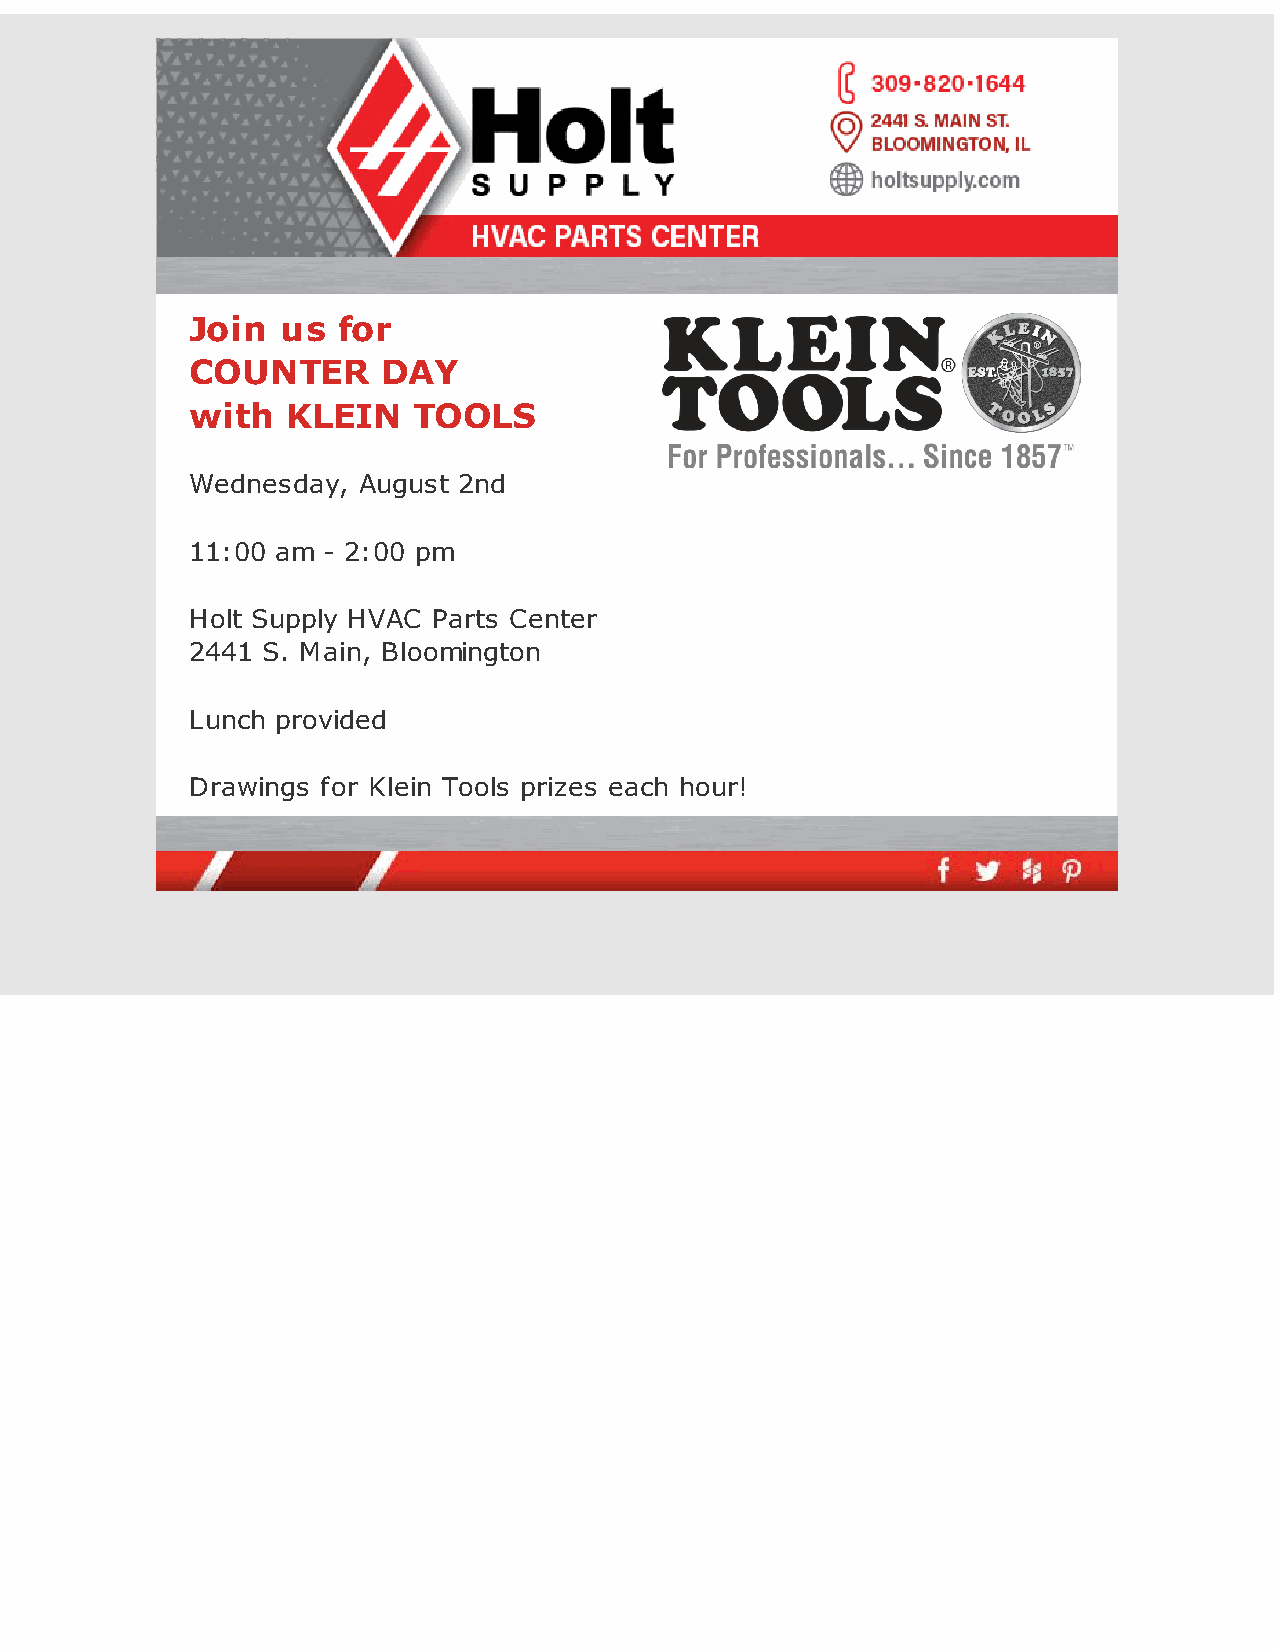
Join  us for
 COUNTER     DAY
 with  KLEIN   TOOLS
 Wednesday, August 2nd
 11:00 am - 2:00 pm
 Holt Supply HVAC Parts Center
 2441 S. Main, Bloomington
 Lunch provided
 Drawings for Klein Tools prizes each hour!